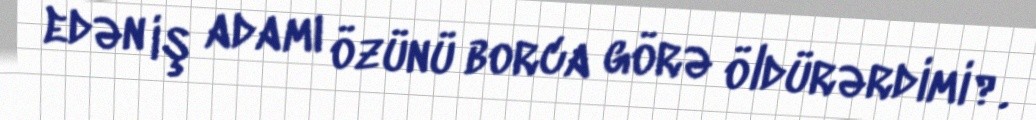
edən iş adamı özünü borca görə öldürərdimi?.